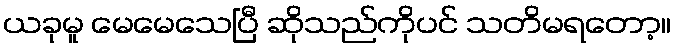
ယခုမူ မေမေသေပြီ ဆိုသည်ကိုပင် သတိမရတော့။